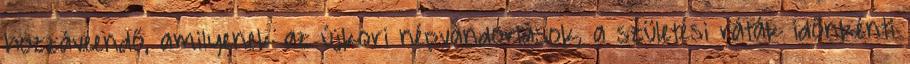
hozzáveendő, amilyenek az újkori népvándorlások, a születési ráták időnkénti